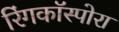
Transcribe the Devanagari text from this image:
रिंगकॉस्पोरा